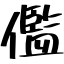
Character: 儖